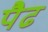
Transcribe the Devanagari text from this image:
पैढ